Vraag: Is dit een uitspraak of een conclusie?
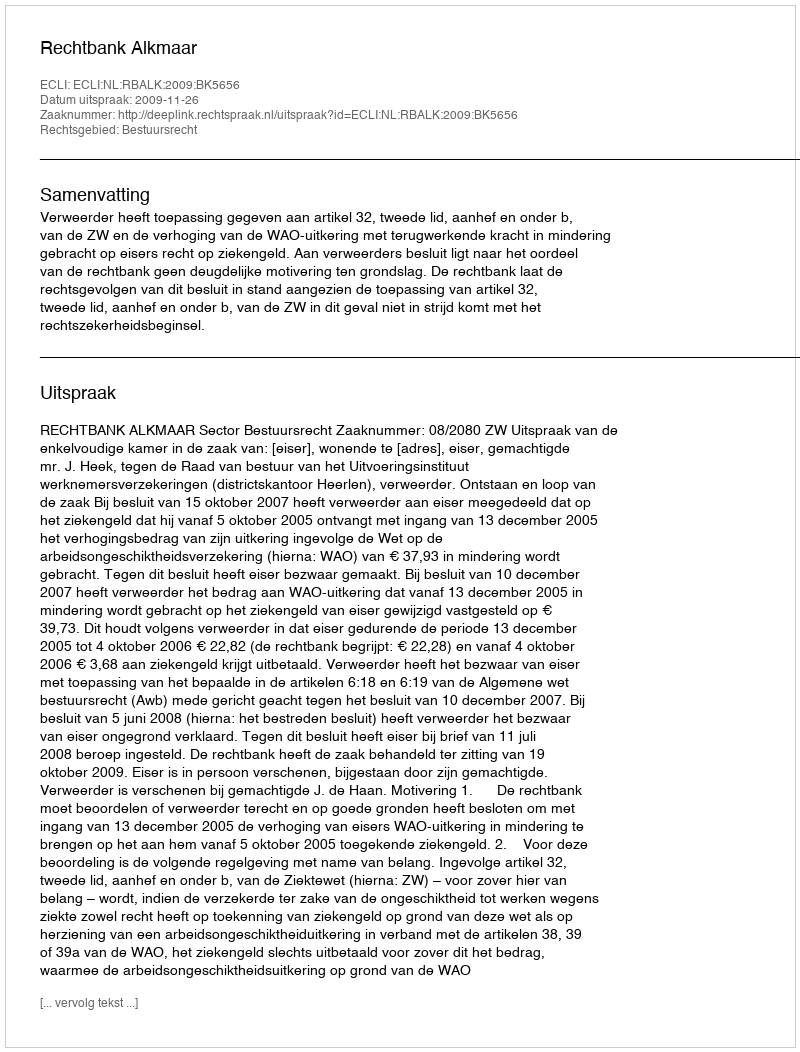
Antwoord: Uitspraak